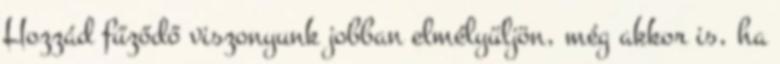
Hozzád fűződő viszonyunk jobban elmélyüljön, még akkor is, ha